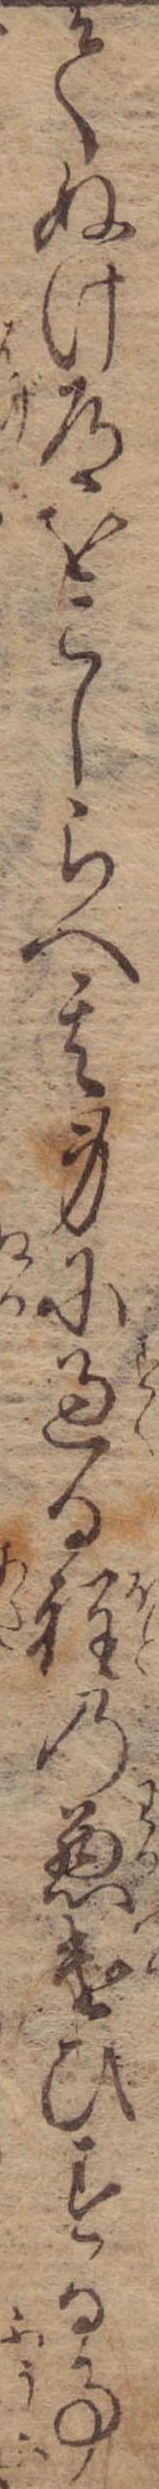
てぬけ道をこしらへ其身に過る程の悪遣ひする事